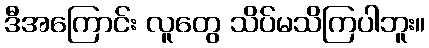
ဒီအကြောင်း လူတွေ သိပ်မသိကြပါဘူး။